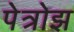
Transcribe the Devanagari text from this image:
पेत्रोझ